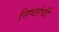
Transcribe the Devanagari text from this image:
निष्ठांची